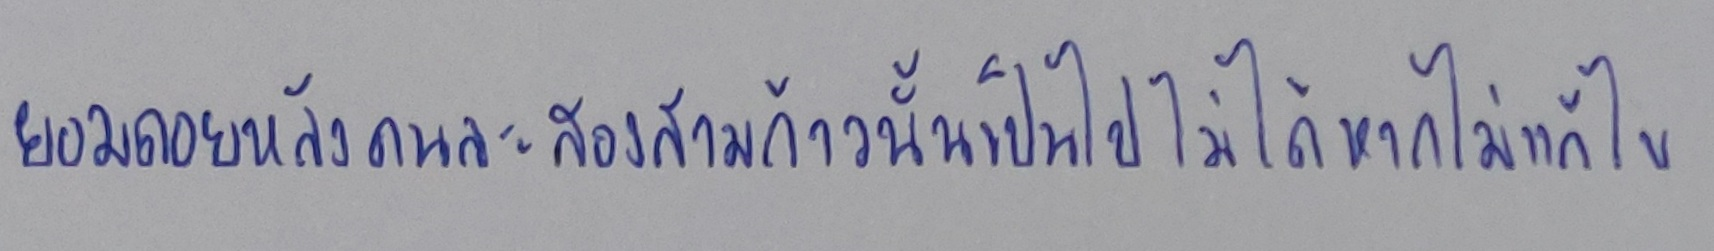
ยอมถอยหลังคนละสองสามก้าวนั้นเป็นไปไม่ได้หากไม่แก้ไข